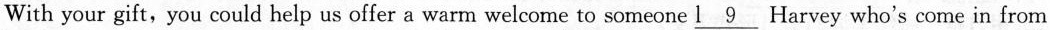
With your gift, you could help us offer a warm welcome to someone \underline{l 9} Harvey who's come in from